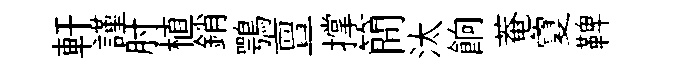
軒謹肘植銷鶚亶撑簡汰餉菴夐鞞